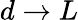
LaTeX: d\to L